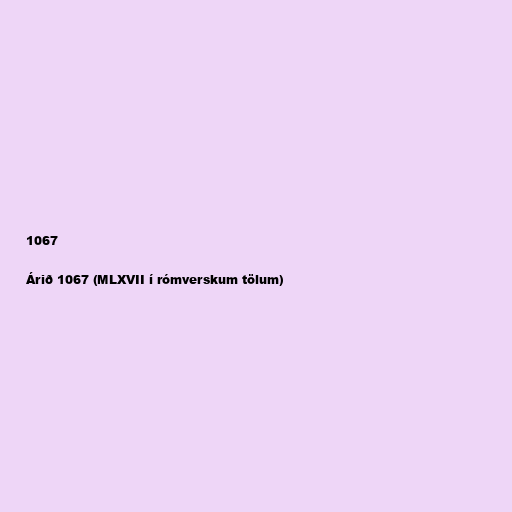
1067

Árið 1067 (MLXVII í rómverskum tölum)